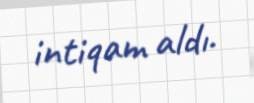
intiqam aldı.